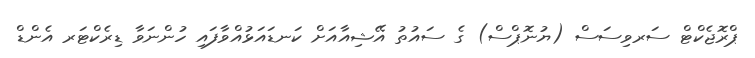
ޕްރޮޖެކްޓް ސަރވިސަސް (ޔުނޮޕްސް) ގެ ސައުތު އޭޝިއާއަށް ކަނޑައަޅުއްވާފައި ހުންނަވާ ޑިރެކްޓަރ އެންޑް